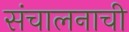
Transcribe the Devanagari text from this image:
संचालनाची